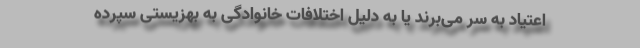
اعتیاد به سر می‌برند یا به دلیل اختلافات خانوادگی به بهزیستی سپرده